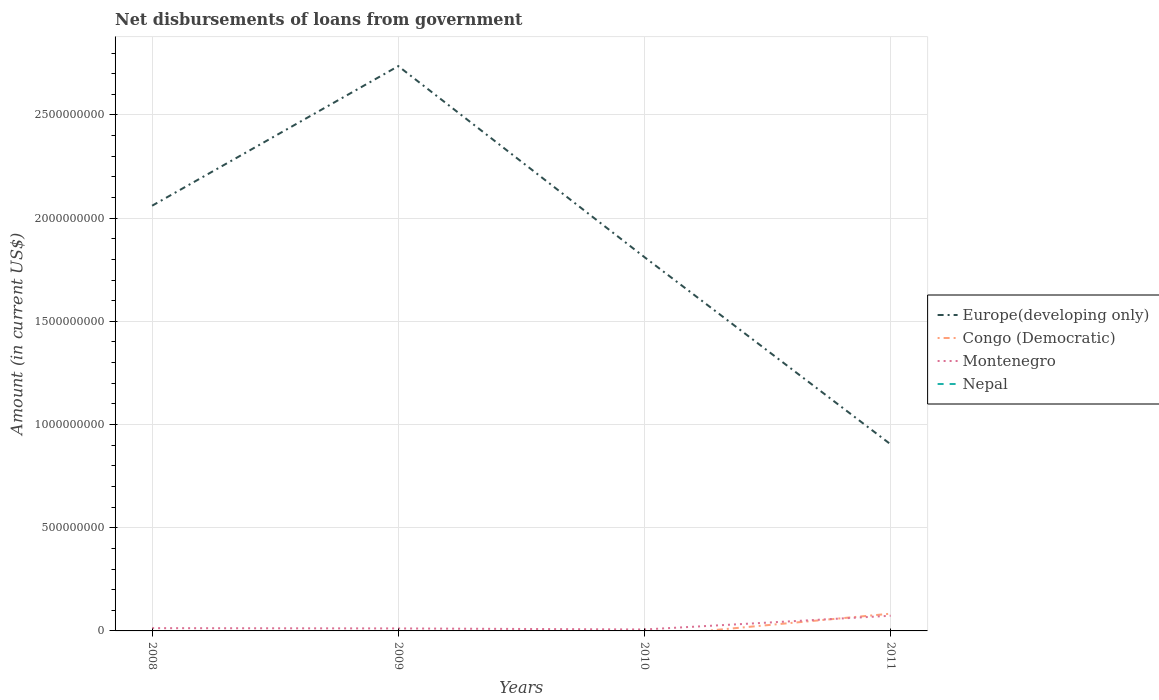
| Years | Europe(developing only) | Congo (Democratic) | Montenegro | Nepal |
 | --- | --- | --- | --- | --- |
 | 2008 | 2.06e+09 | -9.5e+07 | 1.35e+07 | -3.1e+07 |
 | 2009 | 2.74e+09 | -1.26e+08 | 1.21e+07 | -1.08e+07 |
 | 2010 | 1.81e+09 | -2.74e+07 | 7.04e+06 | -3.10e+06 |
 | 2011 | 9.04e+08 | 8.36e+07 | 7.36e+07 | -3.28e+06 |